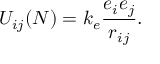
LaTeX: U _ { i j } ( N ) = k _ { e } { \frac { e _ { i } e _ { j } } { r _ { i j } } } .